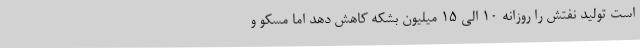
است تولید نفتش را روزانه 10 الی 15 میلیون بشکه کاهش دهد اما مسکو و